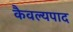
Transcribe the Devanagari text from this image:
कैवल्यपाद